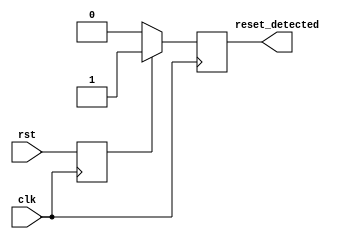
module sync_reset_detector (
    input wire clk,               // System clock
    input wire rst,               // Reset signal
    output reg reset_detected     // Output signal indicating reset state
);

// Internal register to hold the last state of the reset signal
reg rst_sync;

// Synchronous process to capture the reset signal on the clock edge
always @(posedge clk) begin
    // Synchronize the reset signal
    rst_sync <= rst;

    // Detect the reset condition
    if (rst_sync) begin
        reset_detected <= 1'b1;   // Set output high when reset is active
    end else begin
        reset_detected <= 1'b0;   // Set output low when reset is inactive
    end
end

endmodule